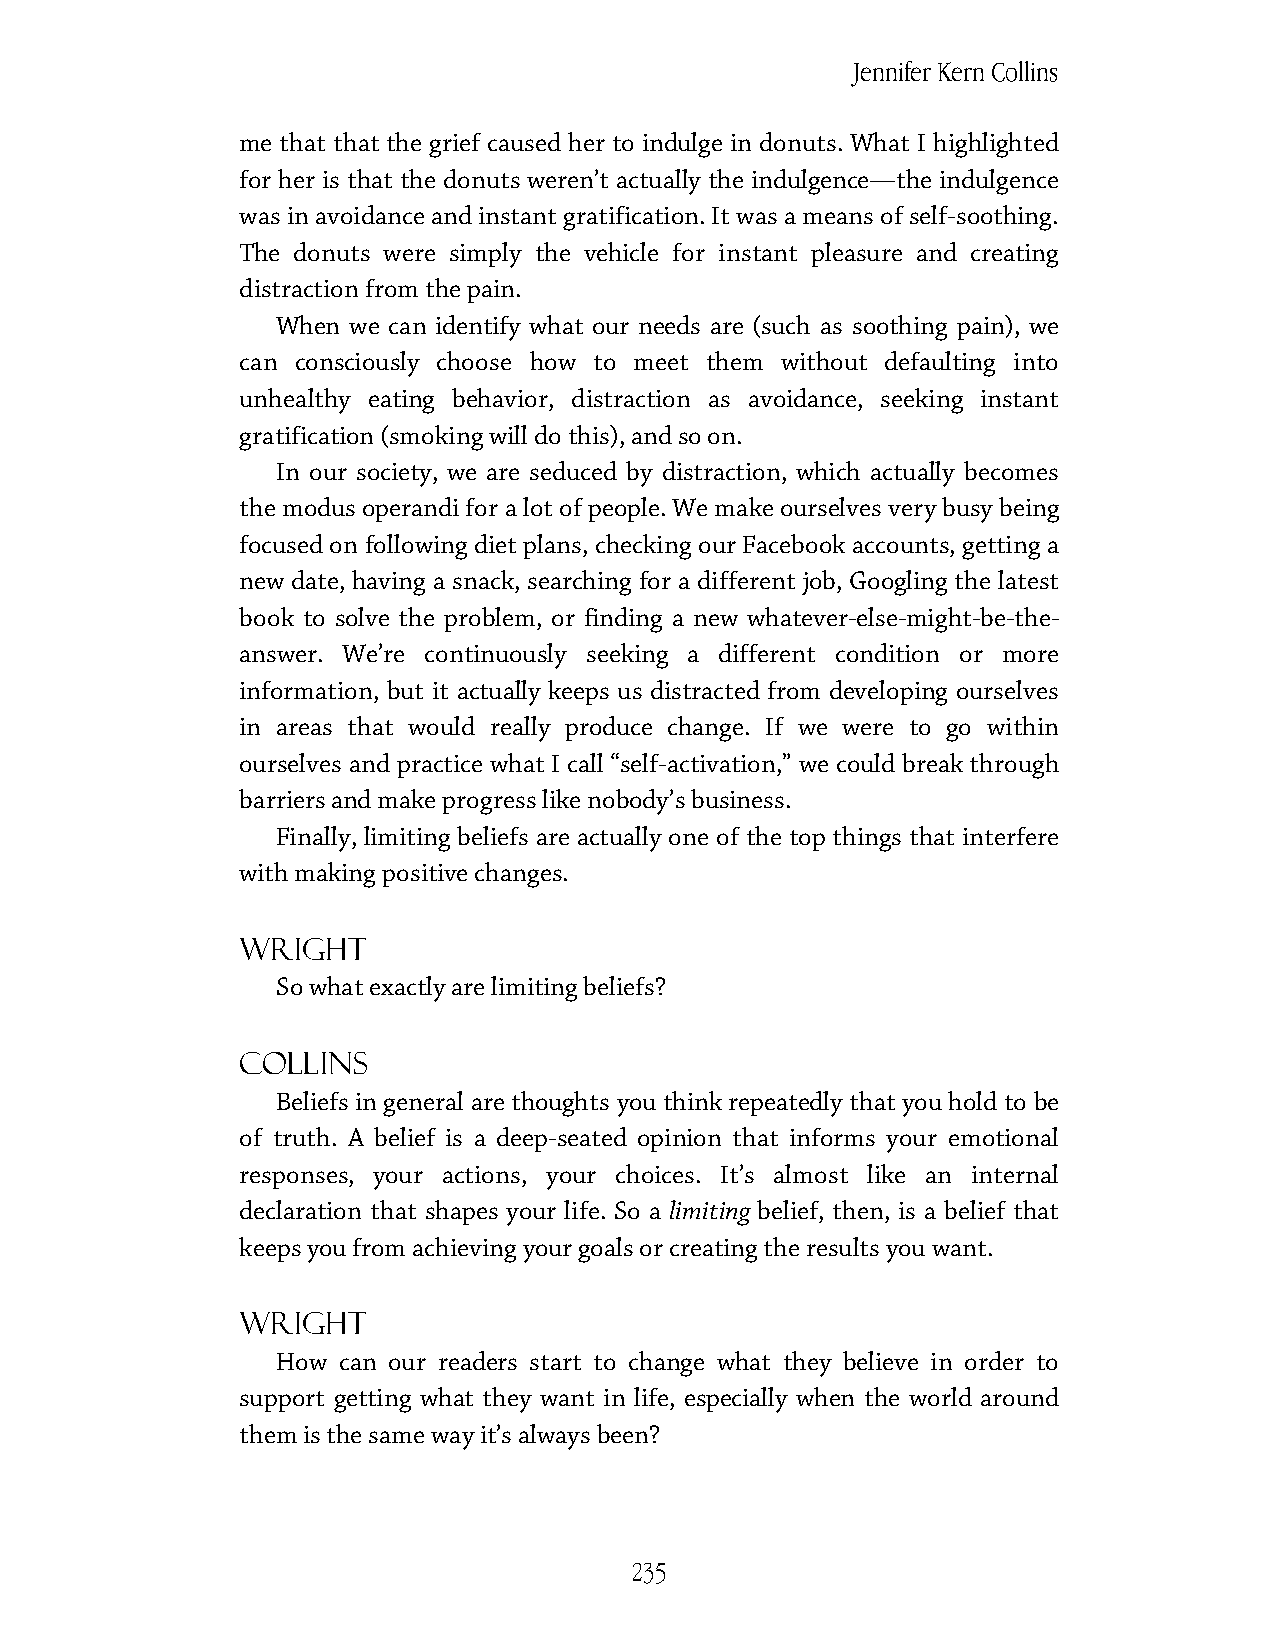
Jennifer Kern Collins
 me that that the grief caused her to indulge in donuts. What I highlighted
 for her is that the donuts weren’t actually the indulgence—the indulgence
 was in avoidance and instant gratification. It was a means of self-soothing.
 The donuts were simply the vehicle for instant pleasure and creating
 distraction from the pain.
 When we can identify what our needs are (such as soothing pain), we
 can consciously choose how to meet them without defaulting into
 unhealthy eating behavior, distraction as avoidance, seeking instant
 gratification (smoking will do this), and so on.
 In our society, we are seduced by distraction, which actually becomes
 the modus operandi for a lot of people. We make ourselves very busy being
 focused on following diet plans, checking our Facebook accounts, getting a
 new date, having a snack, searching for a different job, Googling the latest
 book to solve the problem, or finding a new whatever-else-might-be-the-
 answer. We’re continuously seeking a different condition or more
 information, but it actually keeps us distracted from developing ourselves
 in areas that would really produce change. If we were to go within
 ourselves and practice what I call “self-activation,” we could break through
 barriers and make progress like nobody’s business.
 Finally, limiting beliefs are actually one of the top things that interfere
 with making positive changes.
 Wright
 So what exactly are limiting beliefs?
 Collins
 Beliefs in general are thoughts you think repeatedly that you hold to be
 of truth. A belief is a deep-seated opinion that informs your emotional
 responses, your actions, your choices. It’s almost like an internal
 declaration that shapes your life. So a limiting belief, then, is a belief that
 keeps you from achieving your goals or creating the results you want.
 Wright
 How can our readers start to change what they believe in order to
 support getting what they want in life, especially when the world around
 them is the same way it’s always been?
 235